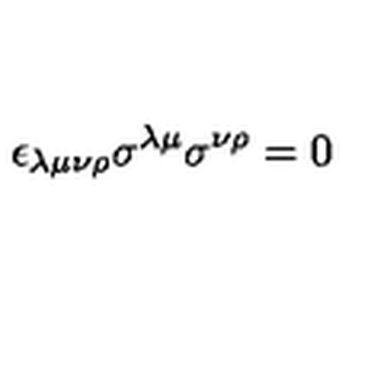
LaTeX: \epsilon _ { \lambda \mu \nu \rho } \sigma ^ { \lambda \mu } \sigma ^ { \nu \rho } = 0